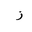
Letter: _zay